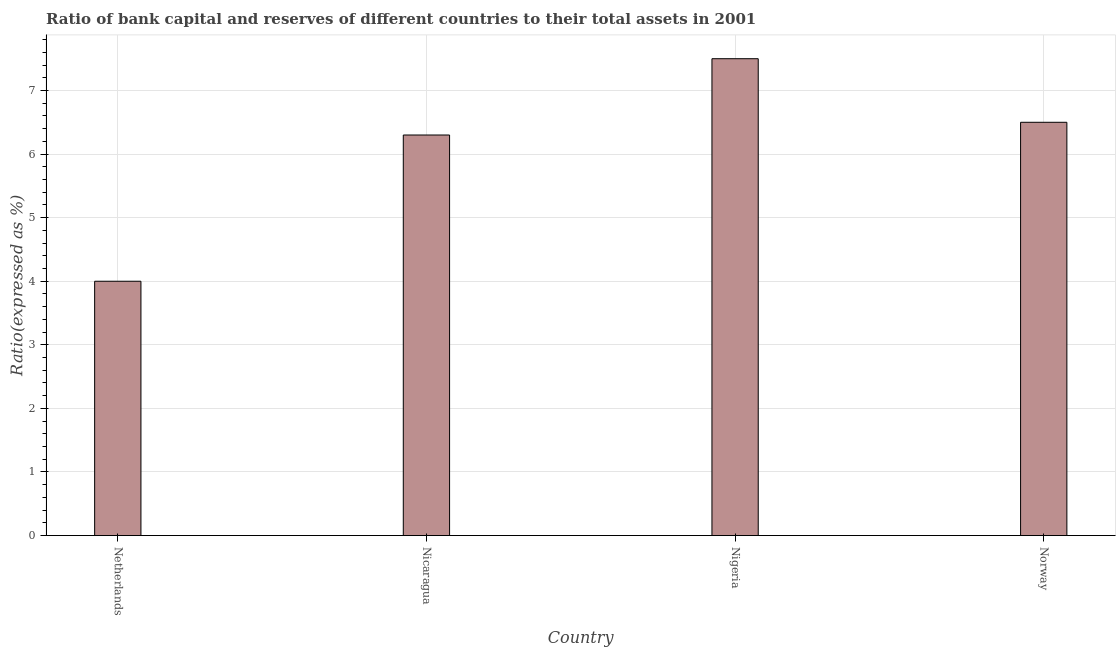
| Country | Bank capital to assets ratio |
 | --- | --- |
 | Netherlands | 4 |
 | Nicaragua | 6.3 |
 | Nigeria | 7.5 |
 | Norway | 6.5 |